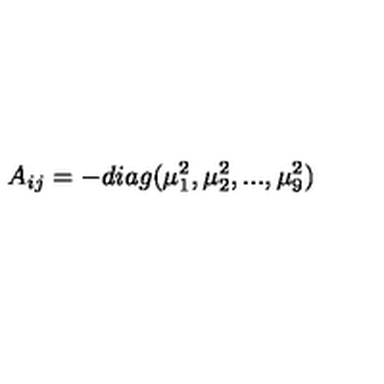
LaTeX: A _ { i j } = - d i a g ( \mu _ { 1 } ^ { 2 } , \mu _ { 2 } ^ { 2 } , . . . , \mu _ { 9 } ^ { 2 } )